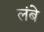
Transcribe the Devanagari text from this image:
लंबे